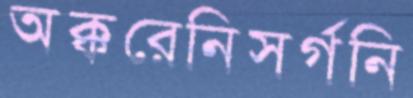
অক্করেনিসর্গনি